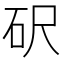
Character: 𥐮